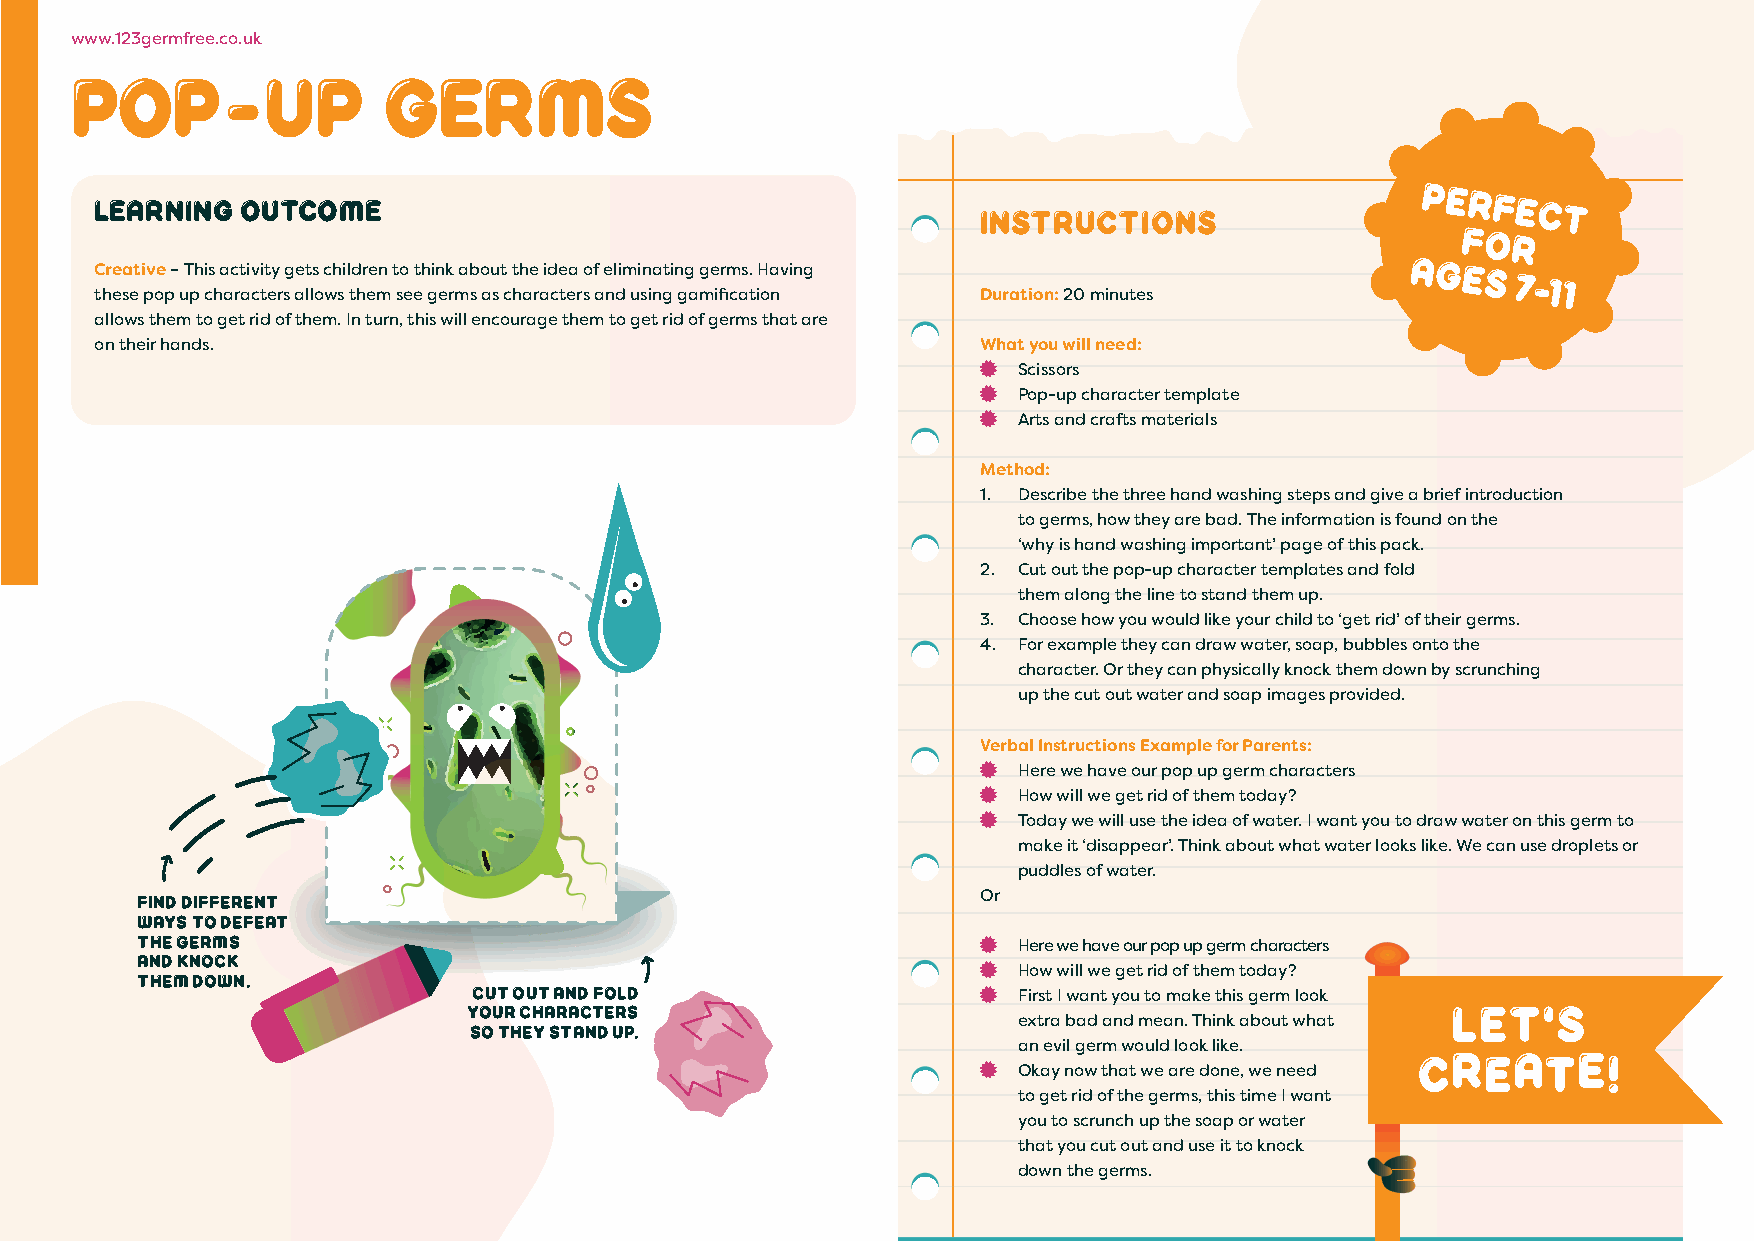
www.123germfree.co.uk
 Pop-up              Germs
 Learning  outcome
 Instructions
 Perfect
 for
 Creative – This activity gets children to think about the idea of eliminating germs. Having
 Ages
 7-11
 these pop up characters allows them see germs as characters and using gamification Duration: 20 minutes
 allows them to get rid of them. In turn, this will encourage them to get rid of germs that are
 on their hands.                                            What you will need:
  Scissors
  Pop-up character template
  Arts and crafts materials
 Method:
 1. Describe the three hand washing steps and give a brief introduction
 to germs, how they are bad. The information is found on the
 ‘why is hand washing important’ page of this pack.
 2. Cut out the pop-up character templates and fold
 them along the line to stand them up.
 3. Choose how you would like your child to ‘get rid’ of their germs.
 4. For example they can draw water, soap, bubbles onto the
 character. Or they can physically knock them down by scrunching
 up the cut out water and soap images provided.
 Verbal Instructions Example for Parents:
  Here we have our pop up germ characters
  How will we get rid of them today?
  Today we will use the idea of water. I want you to draw water on this germ to
 make it ‘disappear’. Think about what water looks like. We can use droplets or
 puddles of water.
 Find different                                          Or
 ways to defeat
 the germs
  Here we have our pop up germ characters
 and knock
 them down.                                               How will we get rid of them today?
 Cut out and fold                   First I want you to make this germ look
 your characters
 extra bad and mean. Think about what
 so they stand up.
 an evil germ would look like.
  Okay now that we are done, we need
 to get rid of the germs, this time I want
 you to scrunch up the soap or water
 that you cut out and use it to knock
 down the germs.